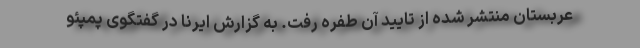
عربستان منتشر شده از تایید آن طفره رفت. به گزارش ایرنا در گفتگوی پمپئو